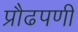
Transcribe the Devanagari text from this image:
प्रौढपणी